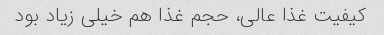
کیفیت غذا عالی، حجم غذا هم خیلی زیاد بود